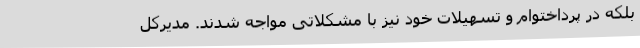
بلکه در پرداختوام و تسهیلات خود نیز با مشکلاتی مواجه شدند. مدیرکل